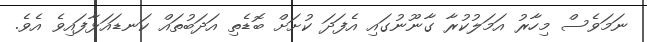
ނަމަވެސް މިހާރު އަމަލުކުރާ ގާނޫނުގައި އެފަދަ ކުށަށް ބޮޑެތި އަދަބުތައް ކަނޑައަޅާފައިވެ އެވެ.